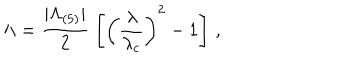
\Lambda = \frac { | \Lambda _ { ( 5 ) } | } { 2 } \; \left[ \left( \frac { \lambda } { \lambda _ { c } } \right) ^ { 2 } - 1 \right] \, ,